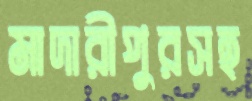
মাদারীপুরসহ